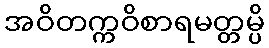
အဝိတက္ကဝိစာရမတ္တမ္ပိ